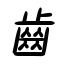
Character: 齒